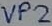
Text: VP2